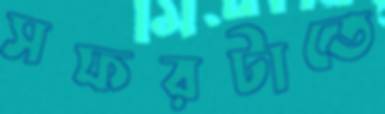
সফরটাতে